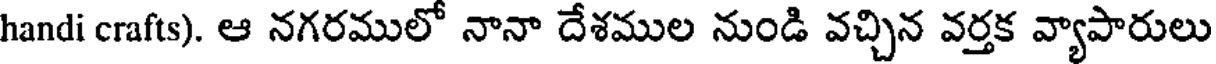
handi crafts). ఆ నగరములో నానా దేశముల నుండి వచ్చిన వర్తక వ్యాపారులు